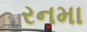
રનમા